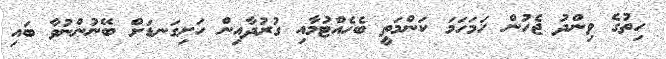
ހިތުގެ ވިންދު ޖެހުން ހަމަހަމަ ކަންމަތީ ބެހެއްޓުމާއި ގުރުދާއިން ހަށިގަނޑަށް ބޭނުންނުވާ ބައި